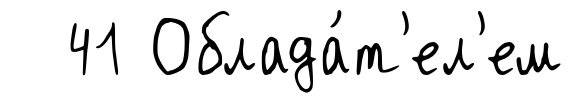
41 Облада́т'ел'ем